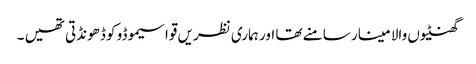
گھنٹیوں والا مینار سامنے تھا اور ہماری نظریں قواسیموڈو کو ڈھونڈتی تھیں ۔